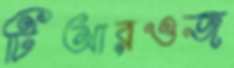
টিআরওজ